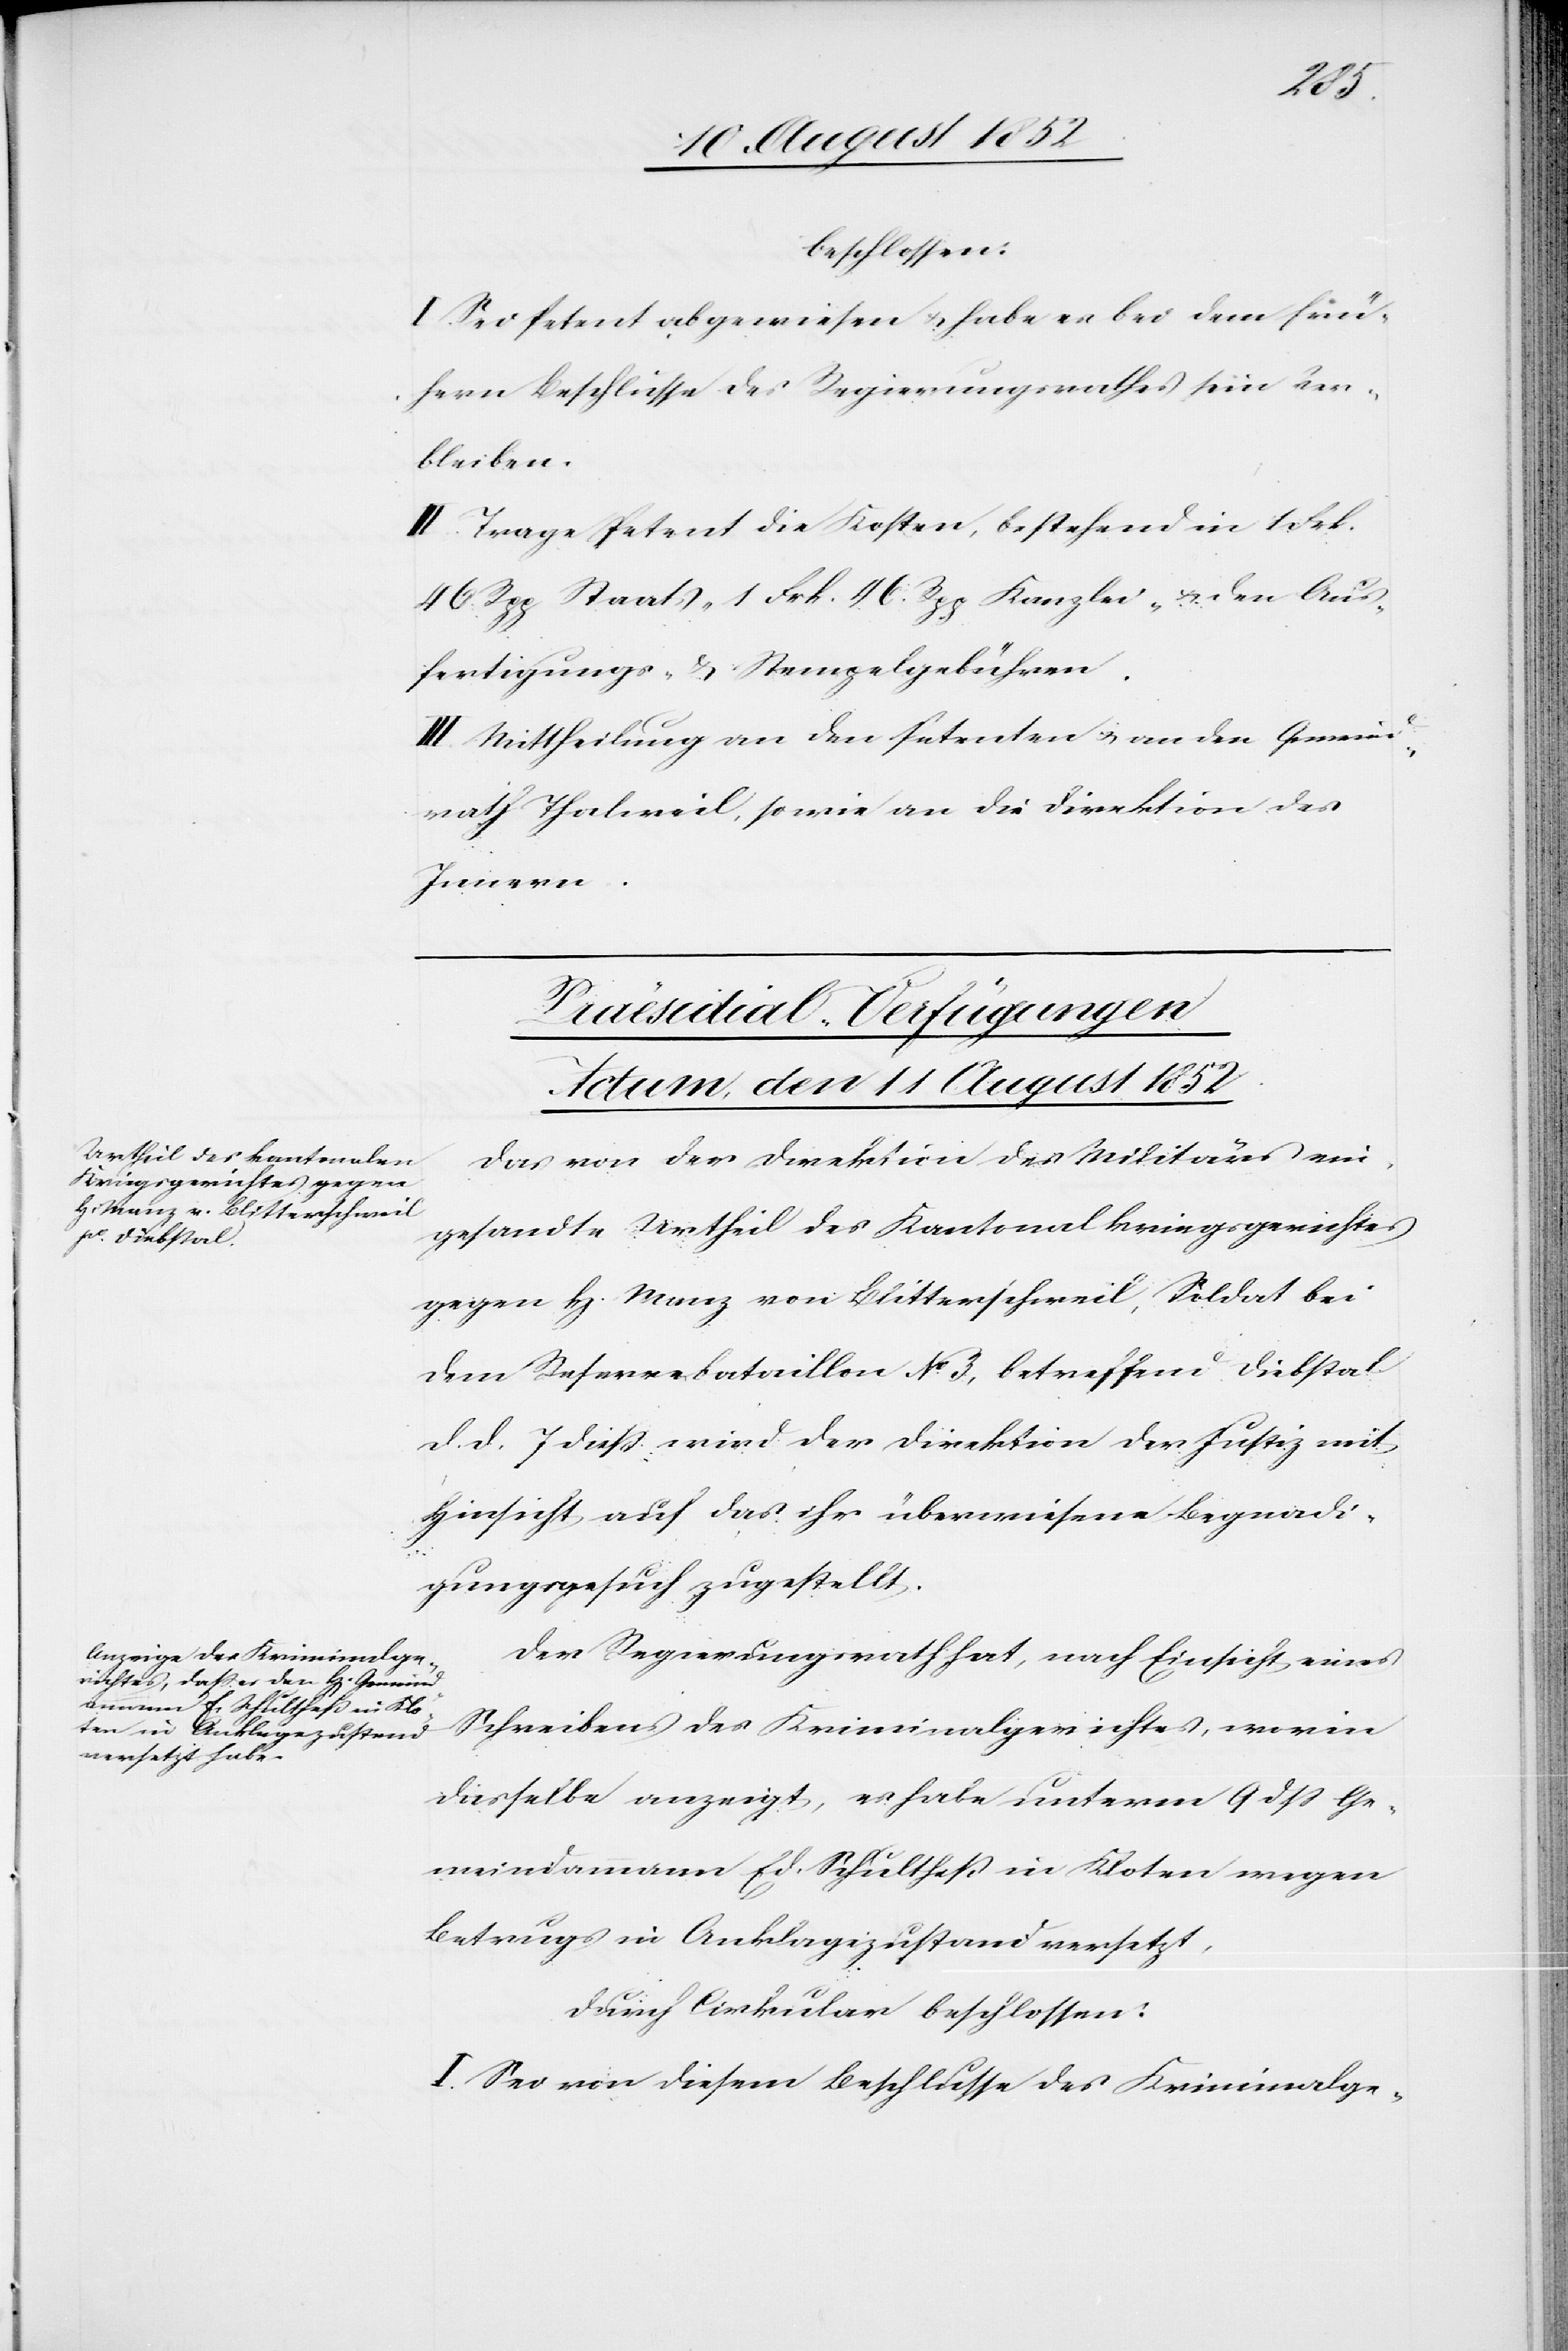
beschlossen:
I. Sei Petent abgewiesen & habe es bei dem frü¬
hern Beschlusse des Regierungsrathes sein Ver¬
bleiben.
II. Trage Petent die Kosten, bestehend in 1 Frk.
46. Rpp Staats-[,] 1 Frk. 46. Rpp Kanzlei- & den Aus¬
fertigungs- & Stempelgebühren.
III. Mittheilung an den Petenten & an den Gemeind¬
rath Thalweil, sowie an die Direktion des
Innern.
Präesidial-Verfügungen
Actum, den 11 August 1852.]
Das von der Direktion des Militärs ein¬
gesandte Urtheil des Kantonalkriegsgerichtes
gegen H. Manz von Blitterschweil, Soldat bei
dem Reservebataillon No. 3, betreffend Diebstal
d. d. 7 dieß wird der Direktion der Justiz mit
Hinsicht auf das ihr überwiesene Begnadi¬
gungsgesuch zugestellt.
Der Regierungsrath hat, nach Einsicht eines
Schreibens des Kriminalgerichtes, worin
dasselbe anzeigt, es habe unterm 9 dss Ge¬
meindammann Ed. Schultheß in Kloten wegen
Betrugs in Anklagezustand versetzt,
durch Cirkular beschlossen:
I. Sei von diesem Beschlusse des Kriminalge-